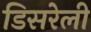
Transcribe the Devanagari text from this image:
डिसरेली